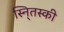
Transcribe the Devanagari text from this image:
स्नि्तस्की